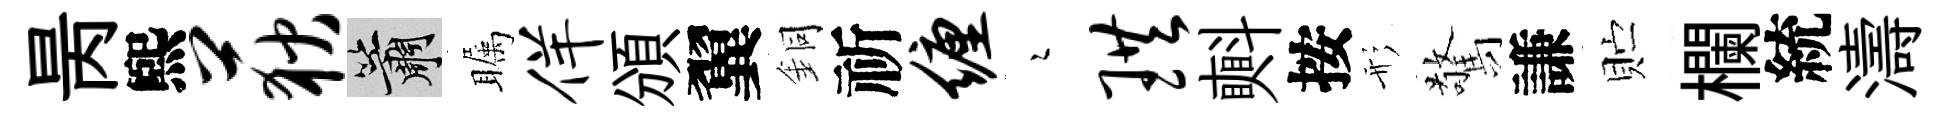
昺煕荻簫瞩佯頒翼銅祈缠瑟珙㪺按形驚謙贮欄統濤